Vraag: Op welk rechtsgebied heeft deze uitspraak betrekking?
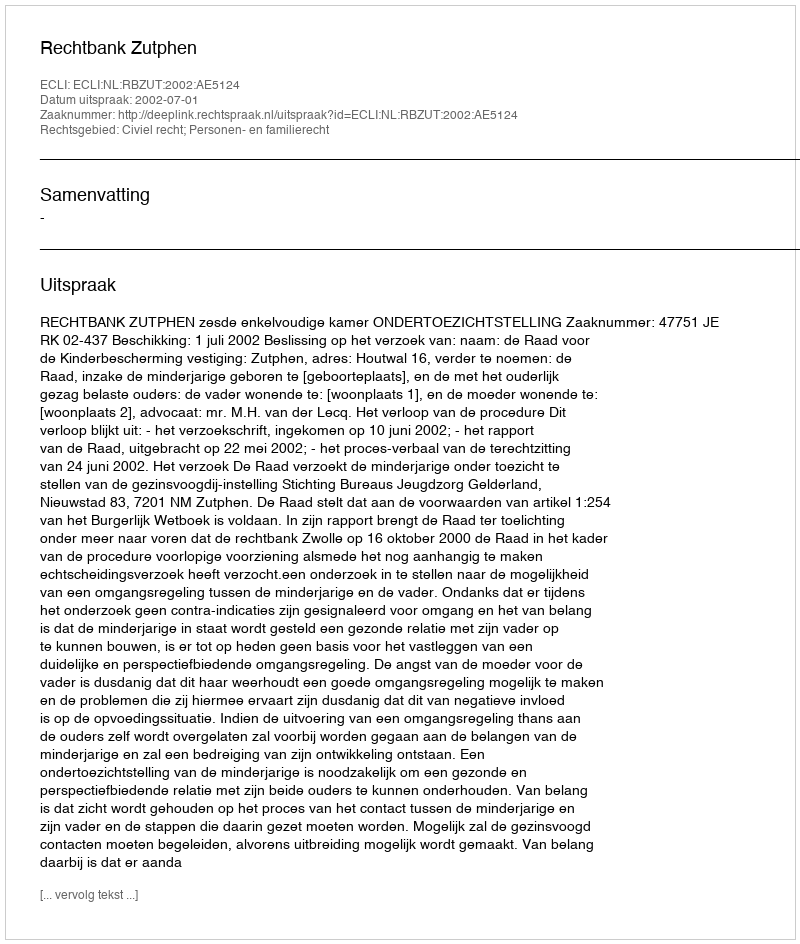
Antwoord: Civiel recht; Personen- en familierecht